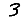
Digit: 3